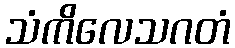
သံကိလေသဂတံ